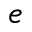
e